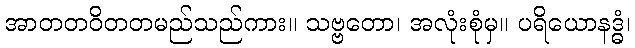
အာတတဝိတတမည်သည်ကား။ သဗ္ဗတော၊ အလုံးစုံမှ။ ပရိယောနဒ္ဓံ၊